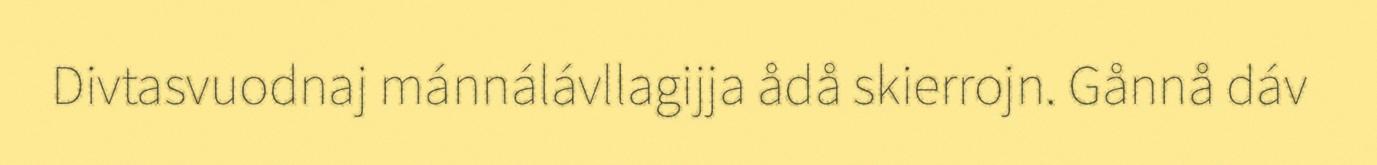
Divtasvuodnaj mánnálávllagijja ådå skierrojn. Gånnå dáv